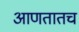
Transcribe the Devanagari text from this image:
आणतातच